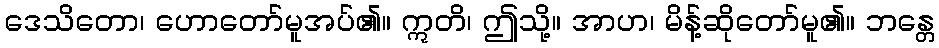
ဒေသိတော၊ ဟောတော်မူအပ်၏။ ဣတိ၊ ဤသို့။ အာဟ၊ မိန့်ဆိုတော်မူ၏။ ဘန္တေ